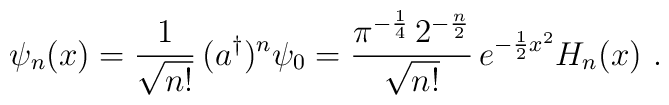
\psi_n(x)=\frac 1{\sqrt{n!}}\,(a^{\dag})^n\psi_0=  \frac{\pi^{-\frac{1}{4}}\, 2^{-\frac{n}{2}}}{\sqrt{n!}}\, e^{-\frac{1}{2}x^2} H_n(x)\ .